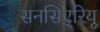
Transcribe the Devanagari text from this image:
सनसिएरियू